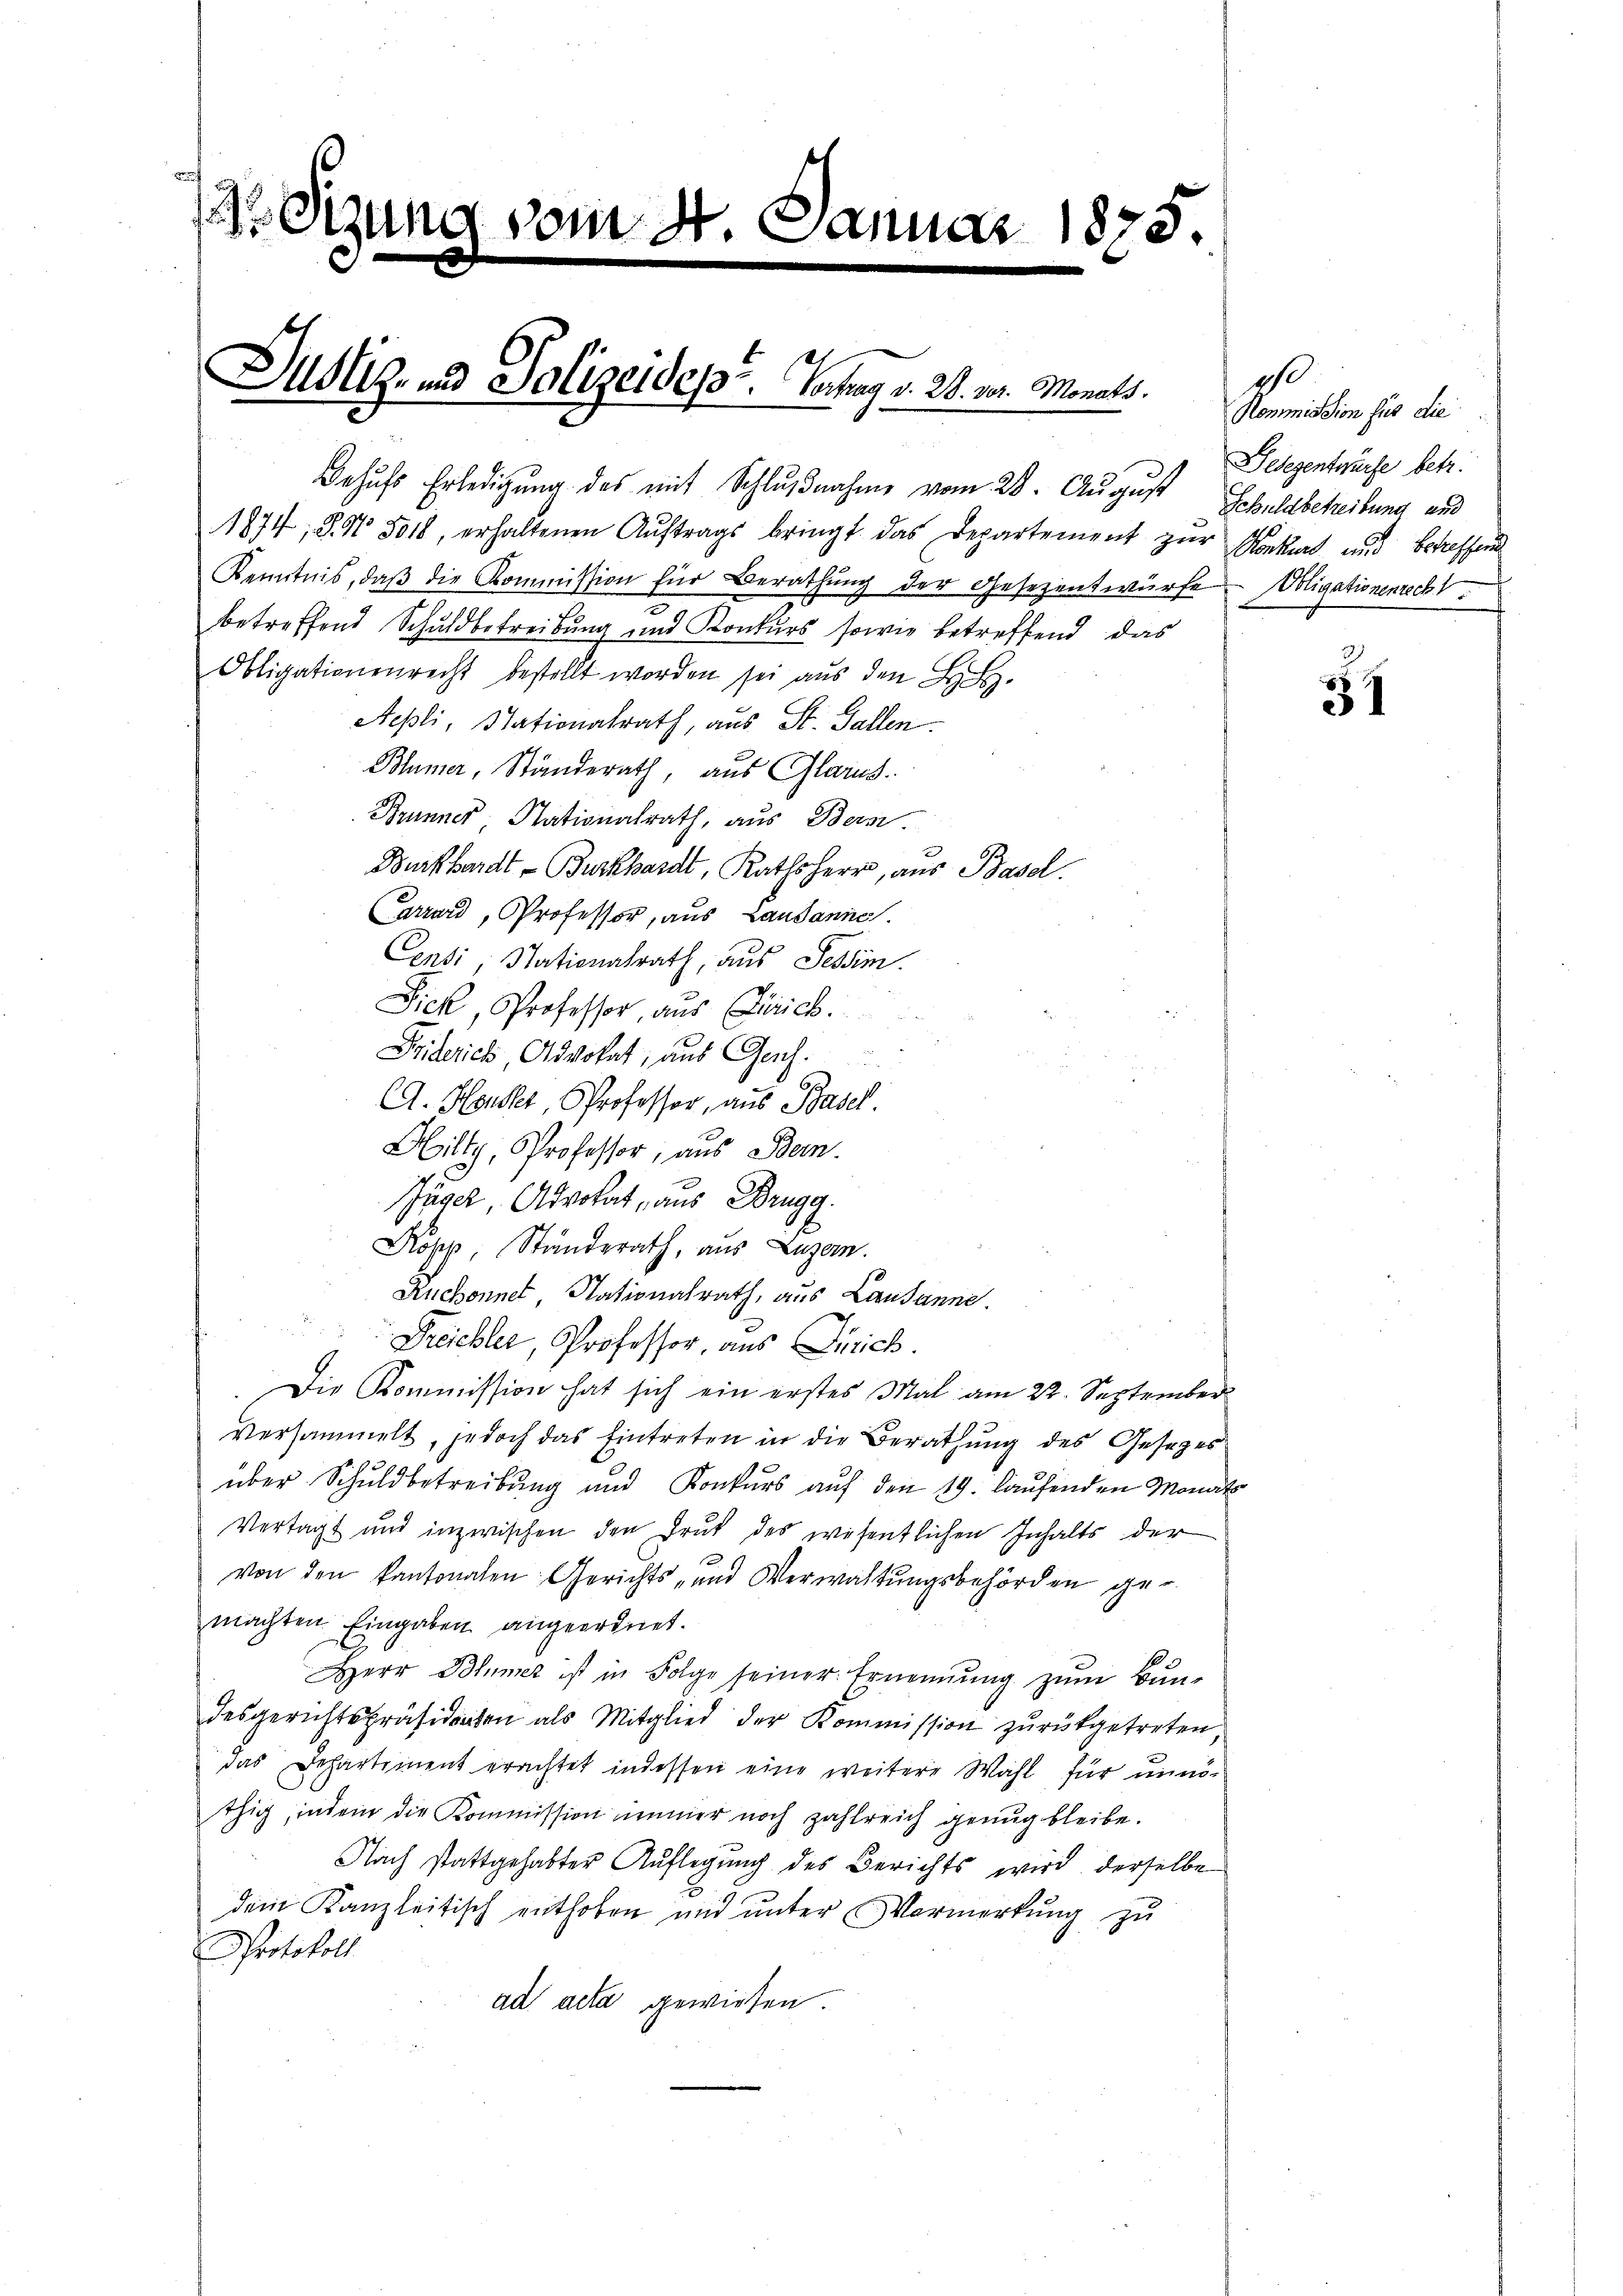
Sitzung vom 8t Januar 1875.

Behŭfs Erledigung des mit Schlŭβnahme vom 28. August Schuldbetreitung und

Justiz- und Polizeidest. Vortrag v. 28. vor. Monats

1874, 8. No 5018, erhaltenen Auftrags bringt das Departement zur Rekurs und betreffend
Kenntnis, daβ die Kommission für Berathŭng der Gesezentwürfe Obligationenrech
betreffend Schuldbetreibung und Konkurs sowie betreffend das
Obligationenrecht bestellt worden sei aŭs den L. S.
Sepli, Nationalrath, aus St. Gallen.
Blümer, Standerath, aus Glarus.
Brunner, Nationalrath, aus Bern.
Burkhardt - Burkhardt, Rathsherr, aus Basel.
Carrard, Professor, aus Lausanne.
Centi, Stationalrath, aus Tessim.
Sick, Professor, aus Zürich.
Friderich, Advokat, aus Ges.
CA. Heusler, Professor, aus Basel.
Hilty, Professor, aus Bern.
Päser, Advokat, aus Brugg.
Kopp, Standerath, aus Luzern.
Ruchonnet, Nationalrath, aus Lausanne.
Treichler, Professor, aus Zürich.
.Die Kommission hat sich ein erstes Mal am 22. September
versammelt, jedoch das Eintreten in die Berathung des Gesezes
über Schuldbetreibung und Konkurs auf den 19. laufenden Monat
Vertagt und inzwischen den Druk des wesentlichen Inhalts der
von den kantonalen Gerichts- und Verwaltŭngsbehörden ge-
machten. Eingaben angeordnet.
Herr Blümer ist in Folge seiner Ernennung zum Bundesgerichtspräsidirten als Mitglied der Kommission zurückgetreten,
das Departement erachtet indessen eine weitere Wahl für unnöthig, indem die Kommission immer noch zahlreich genug bleibe.
Nach stattgehabter Auflegung des Berichts wird derselbe
2
dem Kanzleitisch enthoben und unter Vermerkung zu
Protokol
ad acta gewiesen.

g
Kommission für die
Delegentwürfe betr.

1